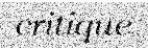
critique